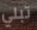
تبلي